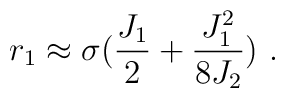
r_1\approx \sigma({{J_1}\over 2}+{{J_1^2}\over{8J_2}})~.